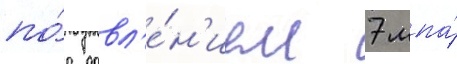
по́д давл'е́н'ием 7 мпа́